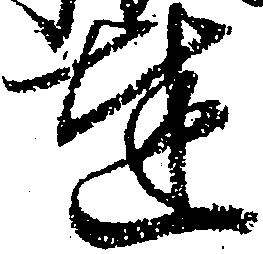
達